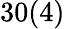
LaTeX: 30(4)